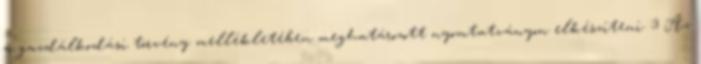
a gazdálkodási törvény mellékletében meghatározott nyomtatványon elkészíteni. 3 Az